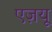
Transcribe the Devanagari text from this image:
एज़यू